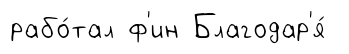
рабо́тал ф'ин Благодар'я́